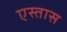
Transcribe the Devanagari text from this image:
एस्तास